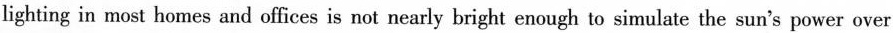
lighting in most homes and offices is not nearly bright enough to simulate the sun's power over